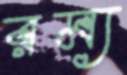
রম্য